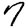
Digit: 7